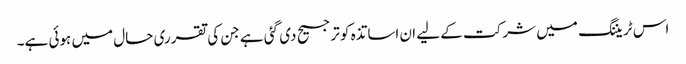
اس ٹریننگ میں شرکت کے لیے ان اساتذہ کو ترجیح دی گئی ہے جن کی تقرری حال میں ہوئی ہے۔